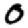
Digit: 0